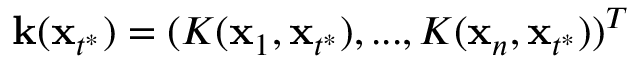
\mathbf k ( \mathbf x _ { t ^ { * } } ) = ( K ( \mathbf x _ { 1 } , \mathbf x _ { t ^ { * } } ) , . . . , K ( \mathbf x _ { n } , \mathbf x _ { t ^ { * } } ) ) ^ { T }